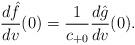
LaTeX: \begin{align*} \frac{d\hat{f}}{dv}(0)=\frac{1}{c_{+0}}\frac{d\hat{g}}{dv}(0).\end{align*}